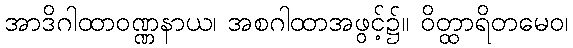
အာဒိဂါထာဝဏ္ဏနာယ၊ အစဂါထာအဖွင့်၌။ ဝိတ္ထာရိတမေဝ၊